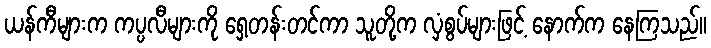
ယန်ကီများက ကပ္ပလီများကို ရှေ့တန်းတင်ကာ သူတို့က လှံစွပ်များဖြင့် နောက်က နေကြသည်။